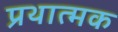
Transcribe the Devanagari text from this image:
प्रथात्मक